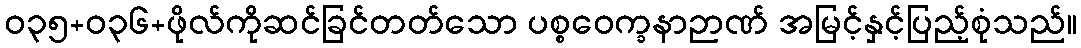
ဝ၃၅+၀၃၆+ဖိုလ်ကိုဆင်ခြင်တတ်သော ပစ္စဝေက္ခနာဉာဏ် အမြင့်နှင့်ပြည့်စုံသည်။